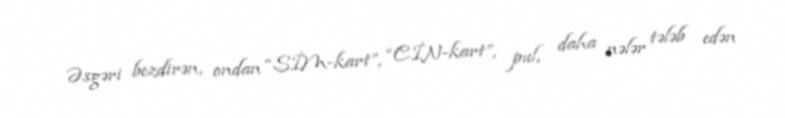
Əsgəri bezdirən, ondan “SİM-kart”, “CİN-kart”, pul, daha nələr tələb edən